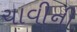
ચાવીની